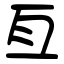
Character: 亙